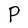
Character: P